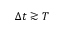
\Delta t \gtrsim T